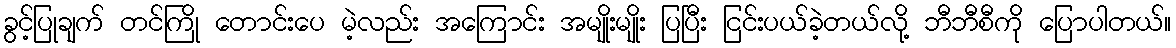
ခွင့်ပြုချက် တင်ကြို တောင်းပေ မဲ့လည်း အကြောင်း အမျိုးမျိုး ပြပြီး ငြင်းပယ်ခဲ့တယ်လို့ ဘီဘီစီကို ပြောပါတယ်။